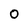
Character: 0